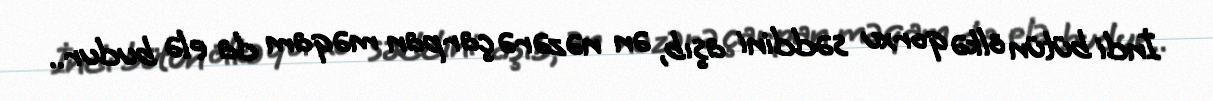
İndi bütün ölkə qorxu səddini aşıb, ən nəzərə çarpan məqam da elə budur..